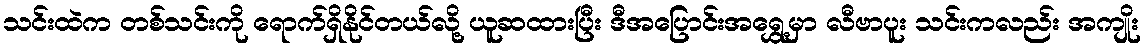
သင်းထဲက တစ်သင်းကို ရောက်ရှိနိုင်တယ်လို့ ယူဆထားပြီး ဒီအပြောင်းအရွှေ့မှာ လီဗာပူး သင်းကလည်း အကျိုး